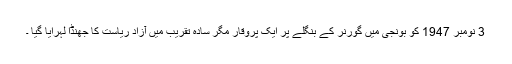
3 نومبر 1947 کو بونجی میں گورنر کے بنگلے پر ایک پُروقار مگر سادہ تقریب میں آزاد ریاست کا جھنڈا لہرایا گیا ۔